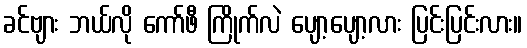
ခင်ဗျား ဘယ်လို ကော်ဖီ ကြိုက်လဲ ပျော့ပျော့လား ပြင်းပြင်းလား။